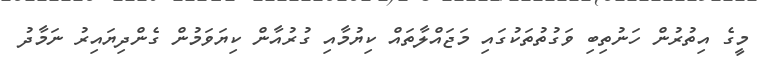
މީގެ އިތުރުން ހަނުތިބި ވަގުތުތަކުގައި މަޖައްލާތައް ކިޔުމާއި ގުރުއާން ކިޔަވަމުން ގެންދިޔައިރު ނަމާދު